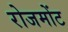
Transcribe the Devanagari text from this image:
रोजमोंट